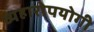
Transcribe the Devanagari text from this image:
व्यहारोपयोगी